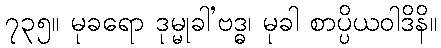
၇၃၅။ မုခရော ဒုမ္မုခါ’ဗဒ္ဓ၊ မုခါ စာပ္ပိယဝါဒိနိ။